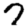
Digit: 7